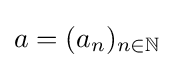
a=(a_{n})_{n\in \mathbb {N} }